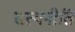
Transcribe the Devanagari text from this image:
सत्यनीति